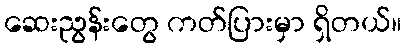
ဆေးညွန်းတွေ ကတ်ပြားမှာ ရှိတယ်။